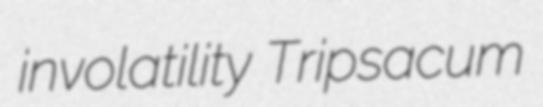
involatility Tripsacum